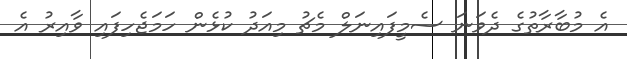
އެ މުބާރާތުގެ ދެވަނަ ސެމީފައިނަލް މެޗު މިއަދު ކުޅެން ހަމަޖެހިފައި ވާއިރު އެ